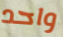
واحد